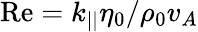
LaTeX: \mathrm{Re}=k_{||}\eta_{0}/\rho_{0}v_{A}